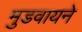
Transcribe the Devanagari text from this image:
मुडवायने